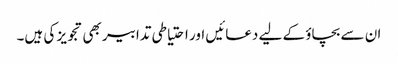
ان سے بچاؤ کے لیے دعائیں اور احتیاطی تدابیر بھی تجویز کی ہیں۔